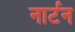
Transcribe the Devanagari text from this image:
नार्टन